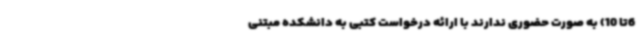
6تا 10) به صورت حضوری ندارند با ارائه درخواست کتبی به دانشکده مبتنی